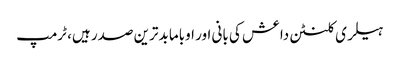
ہیلری کلنٹن داعش کی بانی اور اوباما بدترین صدر ہیں، ٹرمپ